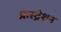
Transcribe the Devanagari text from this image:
फ्रस्ट्रेशन